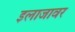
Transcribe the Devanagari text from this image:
इलाजावर